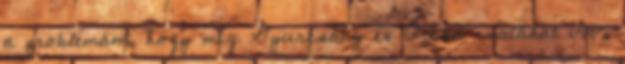
a problémám, hogy míg Gyurcsány és Orbán csatákat vív,